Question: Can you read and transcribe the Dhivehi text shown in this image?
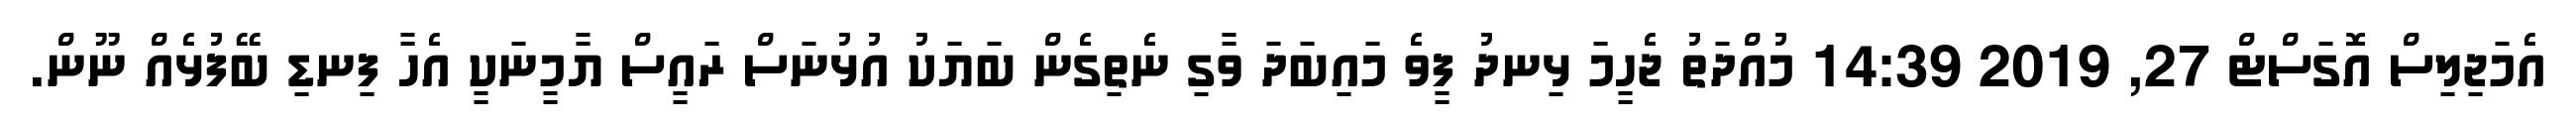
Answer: އެމަޖިލިސް އޮގަސްޓް 27, 2019 14:39 މުއްދަތު ޖެހީމަ ޅިނދު ފީވެ މައިބަދަ ވާގި ނެތިގެން ބަޔަކު އުޅުނަސް ރައީސް ޔާމީނަކީ އެހާ ފިނޑި ބޭފުޅެއް ނޫން.